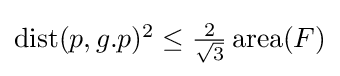
{\textstyle \operatorname {dist} (p,g.p)^{2}\leq {\frac {2}{\sqrt {3}}}\operatorname {area} (F)}